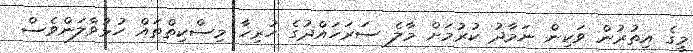
މީގެ އިތުރުން ވަކިން ނަމާދު ކުރުމަށް މާލެ ސަރަހައްދުގެ ހުރިހާ މިސްކިތްތައް ހުޅުވާލަންވެސް